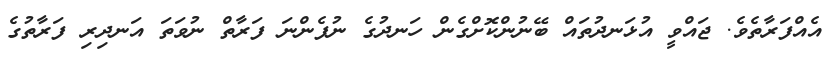
އެއްފަރާތެވެ. ޖައްވީ އުޅަނދުތައް ބޭނުންކޮށްގެން ހަނދުގެ ނުފެންނަ ފަރާތް ނުވަތަ އަނދިރި ފަރާތުގެ